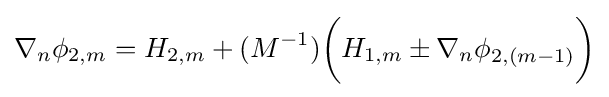
\nabla _{n}\phi _{2,m}=H_{2,m}+(M^{-1}){\bigg (}H_{1,m}\pm \nabla _{n}\phi _{2,(m-1)}{\bigg )}